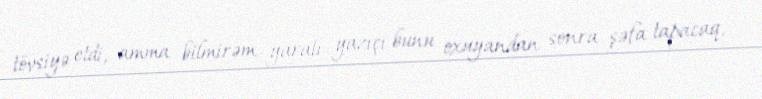
tövsiyə etdi, amma bilmirəm yaralı yazıçı bunu oxuyandan sonra şəfa tapacaq,